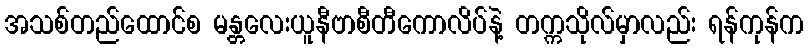
အသစ်တည်ထောင်စ မန္တလေးယူနီဗာစီတီကောလိပ်နဲ့ တက္ကသိုလ်မှာလည်း ရန်ကုန်က